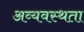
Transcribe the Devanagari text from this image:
अव्यवस्थता